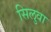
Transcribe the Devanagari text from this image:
सिलुवा